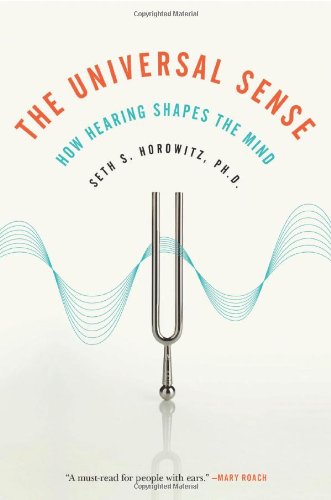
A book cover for The Universal Sense: How Hearing Shapes the Mind; Seth S. Horowitz; Health, Fitness & Dieting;